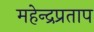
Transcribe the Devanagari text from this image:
महेन्द्रप्रताप